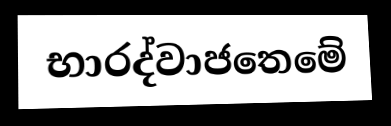
භාරද්වාජතෙමේ